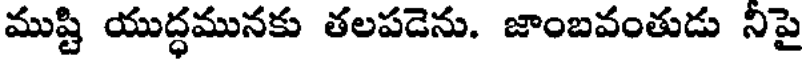
ముష్టి యుద్ధమునకు తలపడెను. జాంబవంతుడు నిపై